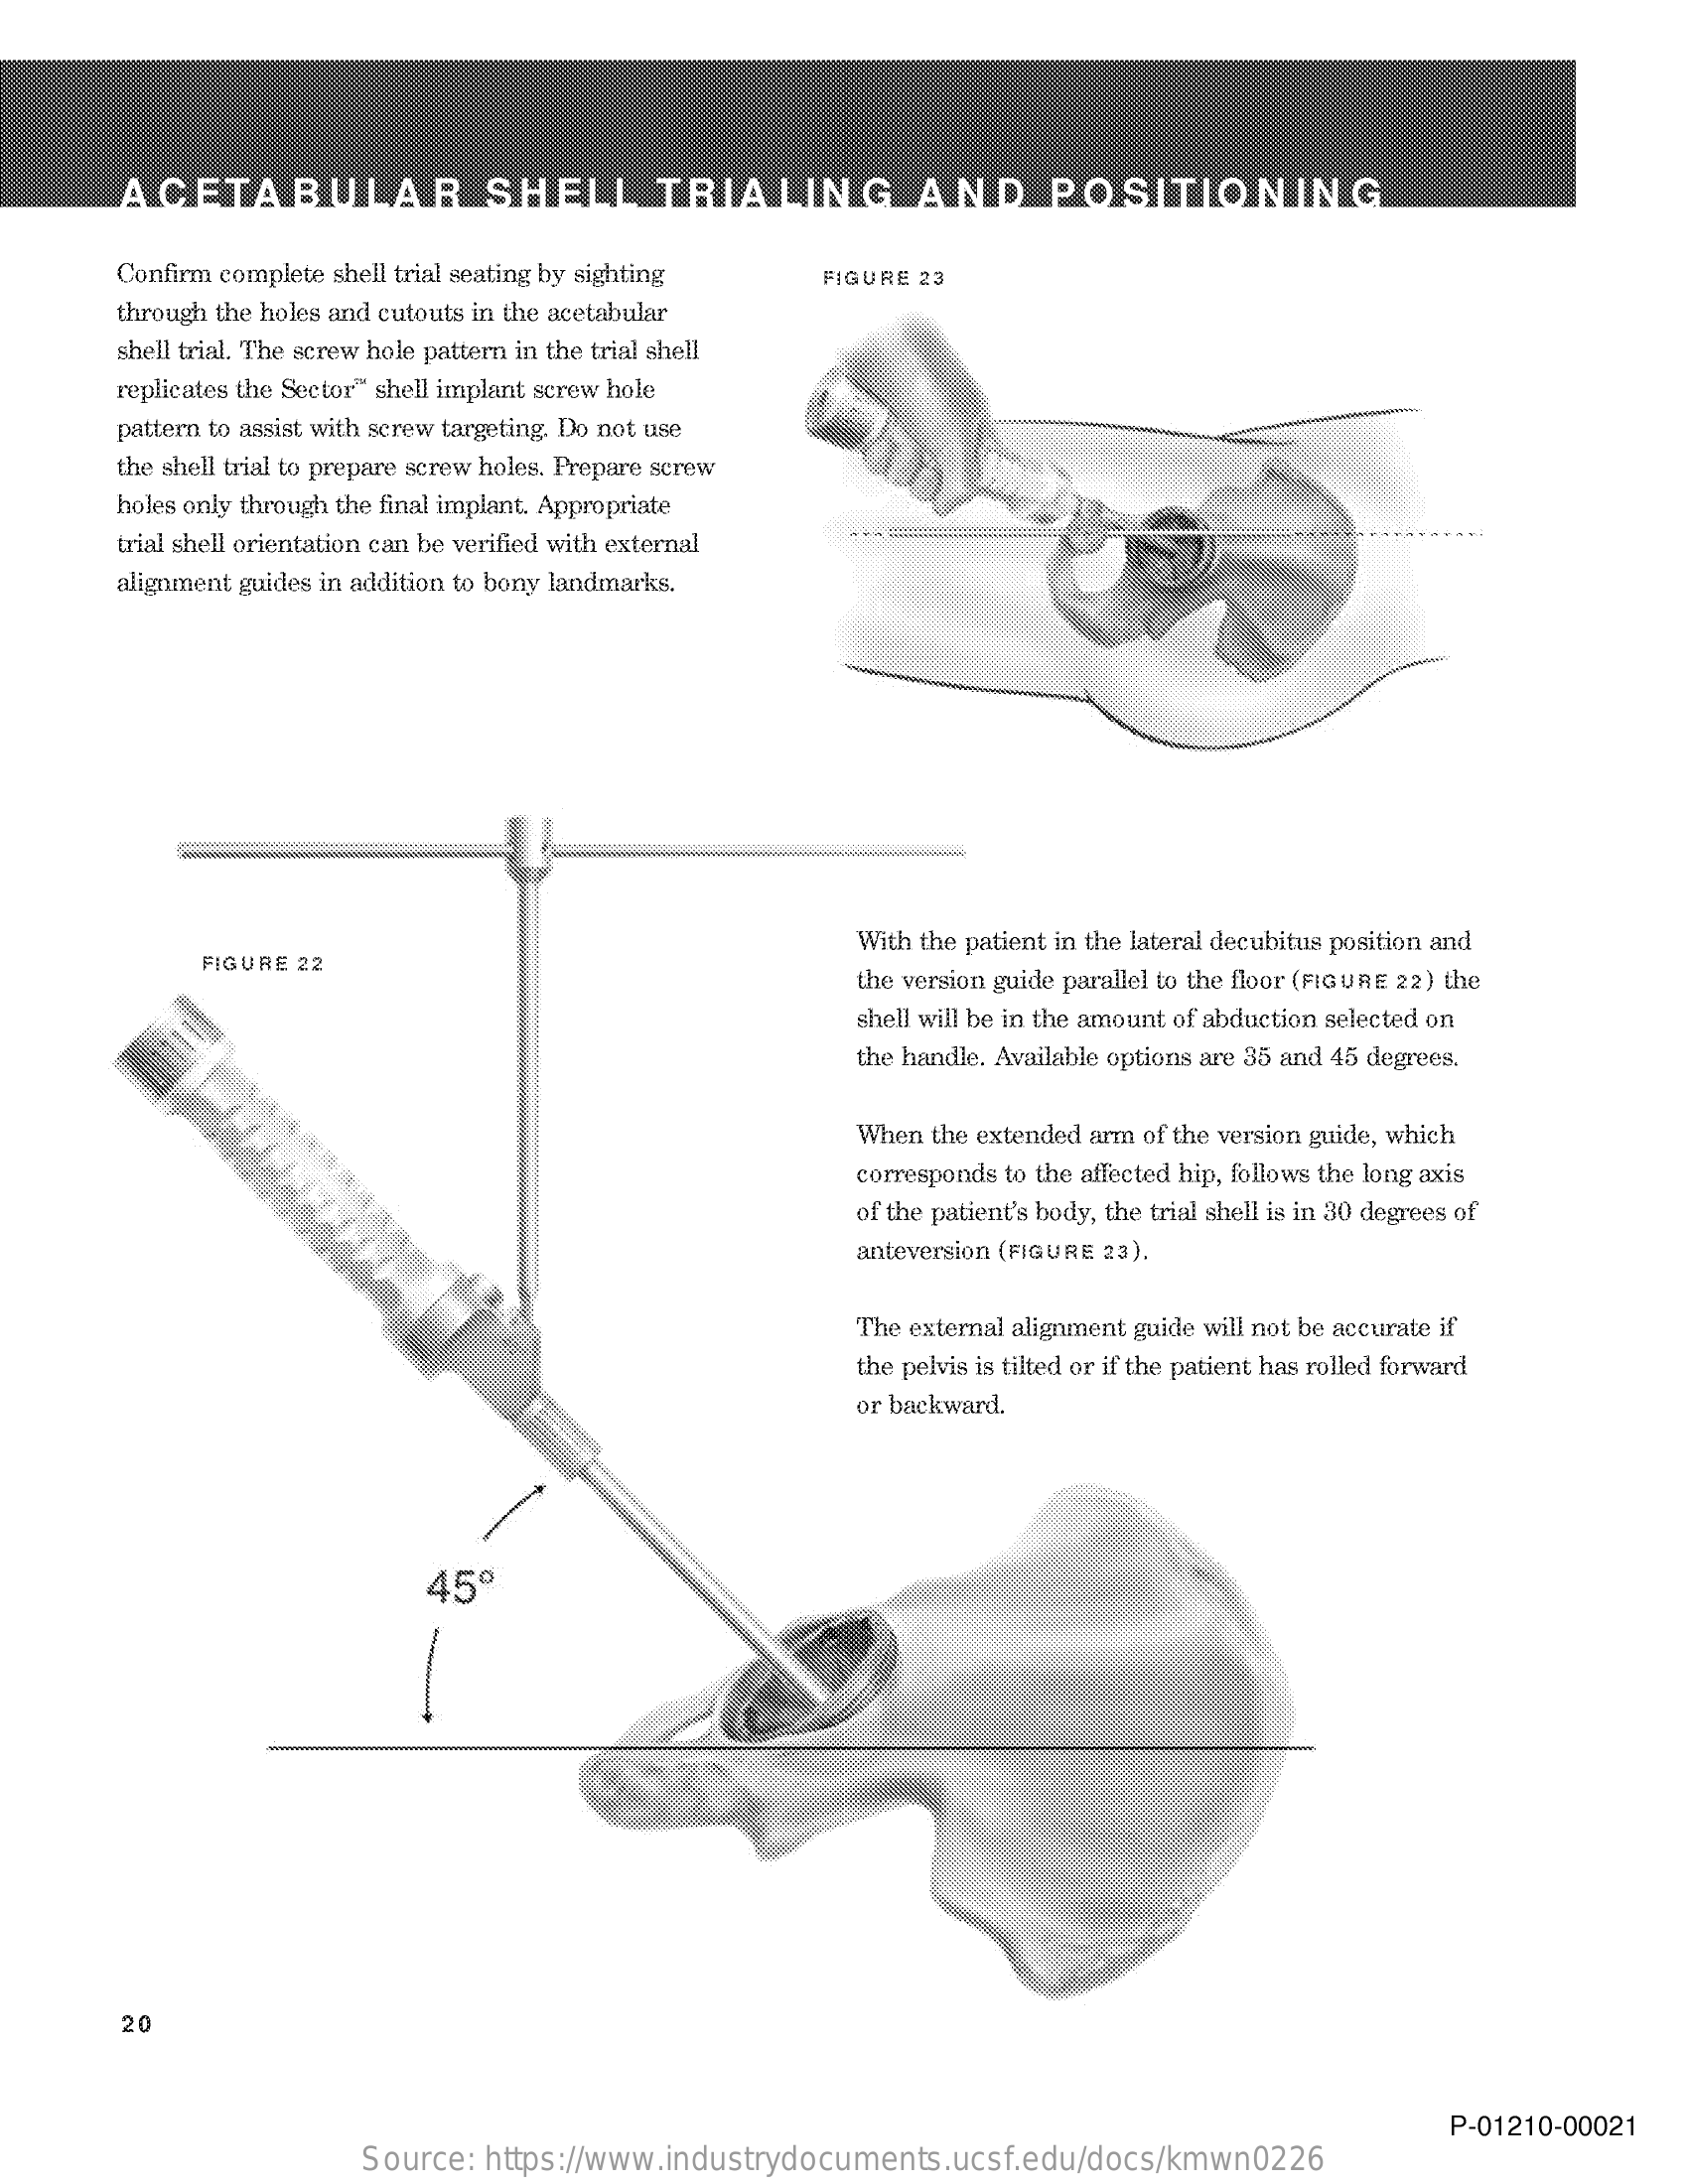
ACETABULAR    SHELL    TRIALING    AND    POSITIONING
     Confirm complete shell trial seating by sighting FIGURE 23
     through the holes and cutouts in the acetabular
     shell trial. The screw hole pattern in the trial shell
     replicates the Sector" shell implant screw hole
     pattern to assist with screw targeting. Do not use
     the shell trial to prepare screw holes. Prepare screw
     holes only through the final implant. Appropriate
     trial shell orientation can be verified with external
     alignment guides in addition to bony landmarks.
     With the patient in the lateral decubitus position and
     FIGURE 22
     the version guide parallel to the floor (FIGURE 22) the
     shell will be in the amount of abduction selected on
     the handle. Available options are 35 and 45 degrees.
     When the extended arm of the version guide, which
     corresponds to the affected hip, follows the long axis
     of the patient's body, the trial shell is in 30 degrees of
     anteversion (FIGURE 23).
     The external alignment guide will not be accurate if
     the pelvis is tilted or if the patient has rolled forward
     or backward.
     45º
     20
     P-01210-00021
     Source: https://www.industrydocuments.ucsf.edu/docs/kmwn0226